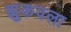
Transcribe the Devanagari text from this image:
झुकवला